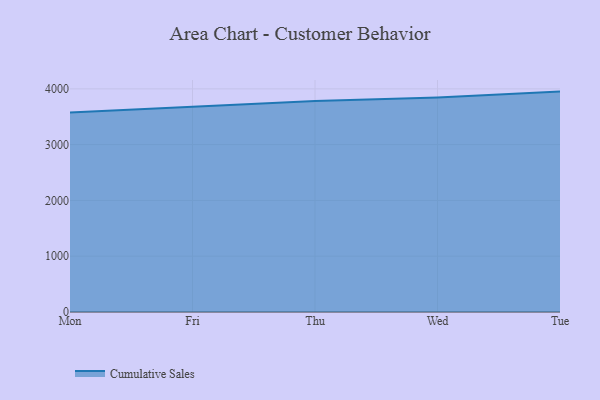
{"axis": {"x": "Day", "y": "Tickets Resolved"}, "legend": ["Cumulative Sales"], "data": [{"x": "Mon", "y": 3577.6, "type": "Cumulative Sales"}, {"x": "Fri", "y": 3684.4, "type": "Cumulative Sales"}, {"x": "Thu", "y": 3782.9, "type": "Cumulative Sales"}, {"x": "Wed", "y": 3843.5, "type": "Cumulative Sales"}, {"x": "Tue", "y": 3950.8, "type": "Cumulative Sales"}]}